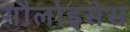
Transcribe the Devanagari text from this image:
गौलोइसेस